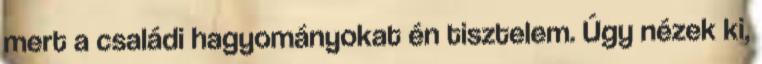
mert a családi hagyományokat én tisztelem. Úgy nézek ki,